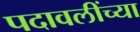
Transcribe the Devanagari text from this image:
पदावलींच्या